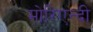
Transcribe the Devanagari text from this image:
मोरिएन्दी